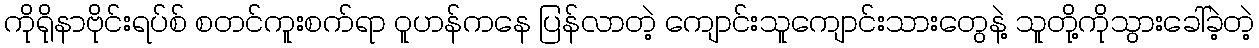
ကိုရိုနာဗိုင်းရပ်စ် စတင်ကူးစက်ရာ ဝူဟန်ကနေ ပြန်လာတဲ့ ကျောင်းသူကျောင်းသားတွေနဲ့ သူတို့ကိုသွားခေါ်ခဲ့တဲ့